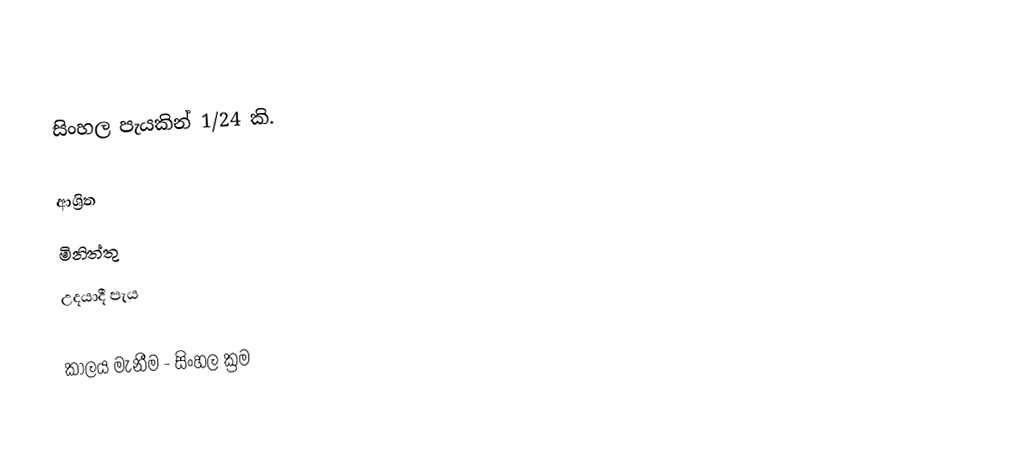
සිංහල පැයකින් 1/24 කි.

ආශ්‍රිත
 මිනිත්තු
 උදයාදී පැය

කාලය මැනීම - සිංහල ක්‍රම